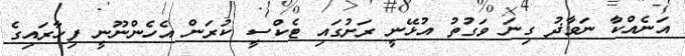
އަނެއްކާ ނަވާޛު ގިނަ ވަގުތު އުޅޭނީ ރަށުގައި ޓެކްސީ ކުރަން އެހެންނޫނީ ފިހާރައިގެ